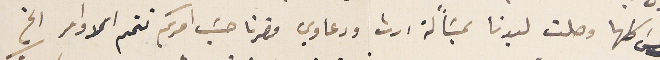
بولسَ كلها وصلت ليدنا بمسَاًلة ارث ودعاوي حضرنا حسَب امركم تتمم الاوامر الخ